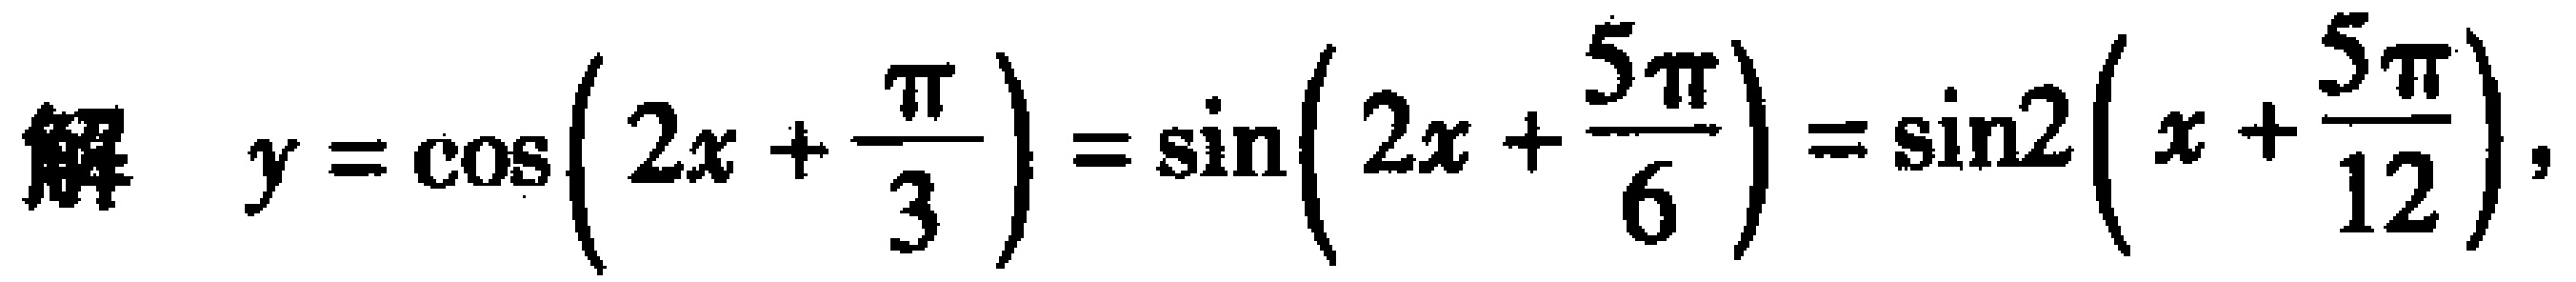
解 \(y = \cos\left(2x+\frac{\pi}{3}\right)=\sin\left(2x + \frac{5\pi}{6}\right)=\sin2\left(x+\frac{5\pi}{12}\right)\)，